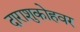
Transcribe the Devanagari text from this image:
दाराशुकोहवर